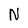
Character: N